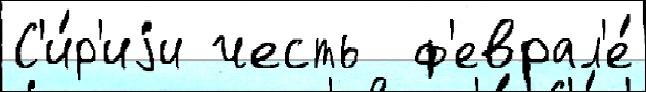
С'и́р'иjи честь  ф'еврал'е́